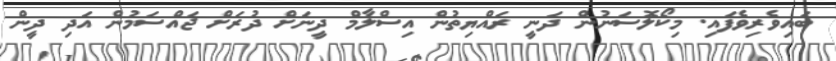
ބައިވެެރިވެފައި. މިކޯލޮސަނުން ދަނީ ރައްޔިތުން އިސްލާމް ދީނަށް ދުރަށް ޖައްސަމުން އަދި ދީން